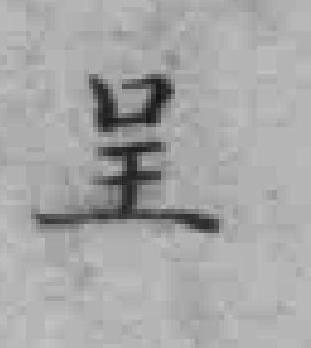
呈